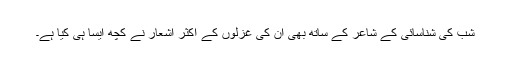
شب کی شناسائی کے شاعر کے ساتھ بھی ان کی غزلوں کے اکثر اشعار نے کچھ ایسا ہی کیا ہے۔